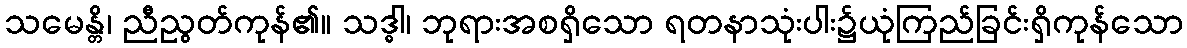
သမေန္တိ၊ ညီညွတ်ကုန်၏။ သဒ္ဓါ၊ ဘုရားအစရှိသော ရတနာသုံးပါး၌ယုံကြည်ခြင်းရှိကုန်သော